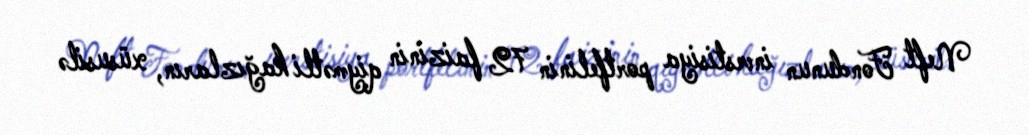
Neft Fondunun investisiya portfelinin 72 faizinin qiymətli kağızların, xüsusilə